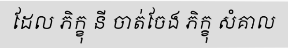
ដែល ភិក្ខុ នី ចាត់ចែង ភិក្ខុ សំគាល